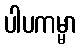
ပါပကမ္မာ